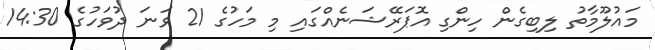
މައުލޫމާތު ލިބިގެން ހިންގި އޮޕަރޭޝަނެއްގައި މި މަހުގެ 21 ވަނަ ދުވަހުގެ 14:30